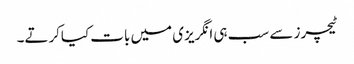
ٹیچرز سے سب ہی انگریزی میں بات کیاکرتے۔